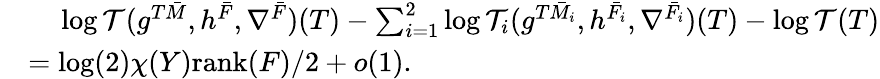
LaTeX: \begin{array}{rl}&{\ \ \ \ \log\mathcal{T}(g^{T\bar{M}},h^{\bar{F}},\nabla^{\bar{F}})(T)-\sum_{i=1}^{2}\log\mathcal{T}_{i}(g^{T\bar{M}_{i}},h^{\bar{F}_{i}},\nabla^{\bar{F}_{i}})(T)-\log\mathcal{T}(T)}\\ &{=\log(2)\chi(Y)\mathrm{rank}(F)/2+o(1).}\end{array}